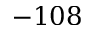
- 1 0 8